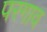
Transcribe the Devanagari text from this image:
परगाव